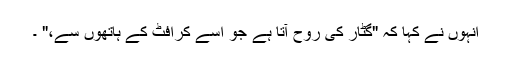
انہوں نے کہا کہ "گٹار کی روح آتا ہے جو اسے کرافٹ کے ہاتھوں سے،" ۔